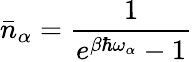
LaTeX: \bar{n}_{\alpha}=\frac{1}{e^{\beta\hbar\omega_{\alpha}}-1}